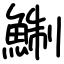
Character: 鯯